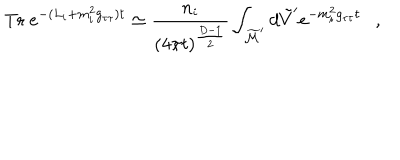
\mathrm { T r } ~ e ^ { - ( L _ { i } + m _ { i } ^ { 2 } g _ { \tau \tau } ) t } \simeq { \frac { n _ { i } } { ( 4 \pi t ) ^ { { \frac { D - 1 } { 2 } } } } } \int _ { \widetilde { \cal M } ^ { \prime } } d \tilde { V } ^ { \prime } e ^ { - m _ { i } ^ { 2 } g _ { \tau \tau } t } ,